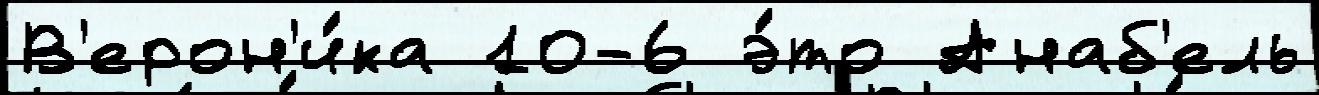
В'ерон'и́ка 10-6 э́то Анаб'ель